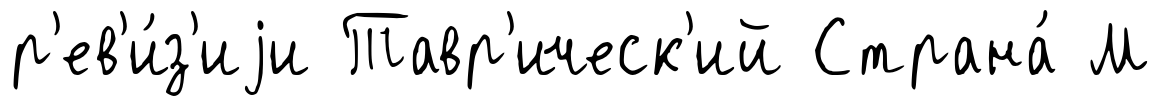
р'ев'и́з'иjи Тавр'ическ'ий Страна́ М